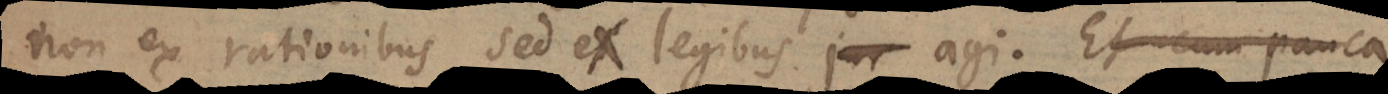
non ex rationibus sed ex legibus jur agi. Et